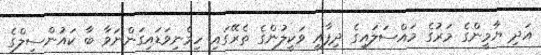
އަދި ޔާމީންގެ މަރުގެ މައްސަލައިގެ ދިފާއީ ވަކީލުންގެ ތެރޭގައި ހިމެނިވަޑައިގަންނަވާ ބާ ކައުންސިލްގެ